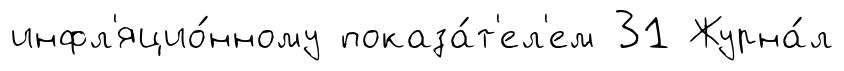
инфл'яцио́нному показа́т'ел'ем 31 Журна́л